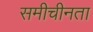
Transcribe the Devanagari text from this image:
समीचीनता